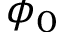
\phi _ { 0 }